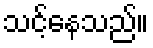
သင့်နေသည်။